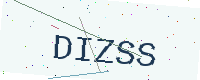
Text: DIZSS